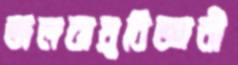
জলবায়ুবিজ্ঞানী